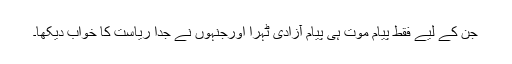
جن کے لیے فقط پیامِ موت ہی پیامِ آزادی ٹہرا اورجنہوں نے جدا ریاست کا خواب دیکھا۔